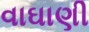
વાઘાણી